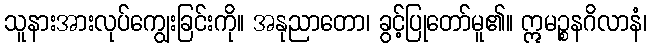
သူနားအားလုပ်ကျွေးခြင်းကို။ အနုညာတော၊ ခွင့်ပြုတော်မူ၏။ ဣမဉ္စနဂိလာနံ၊